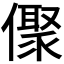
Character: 𠏭